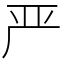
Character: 严